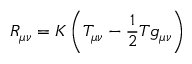
R _ { \mu \nu } = K \left( T _ { \mu \nu } - { \frac { 1 } { 2 } } T g _ { \mu \nu } \right)